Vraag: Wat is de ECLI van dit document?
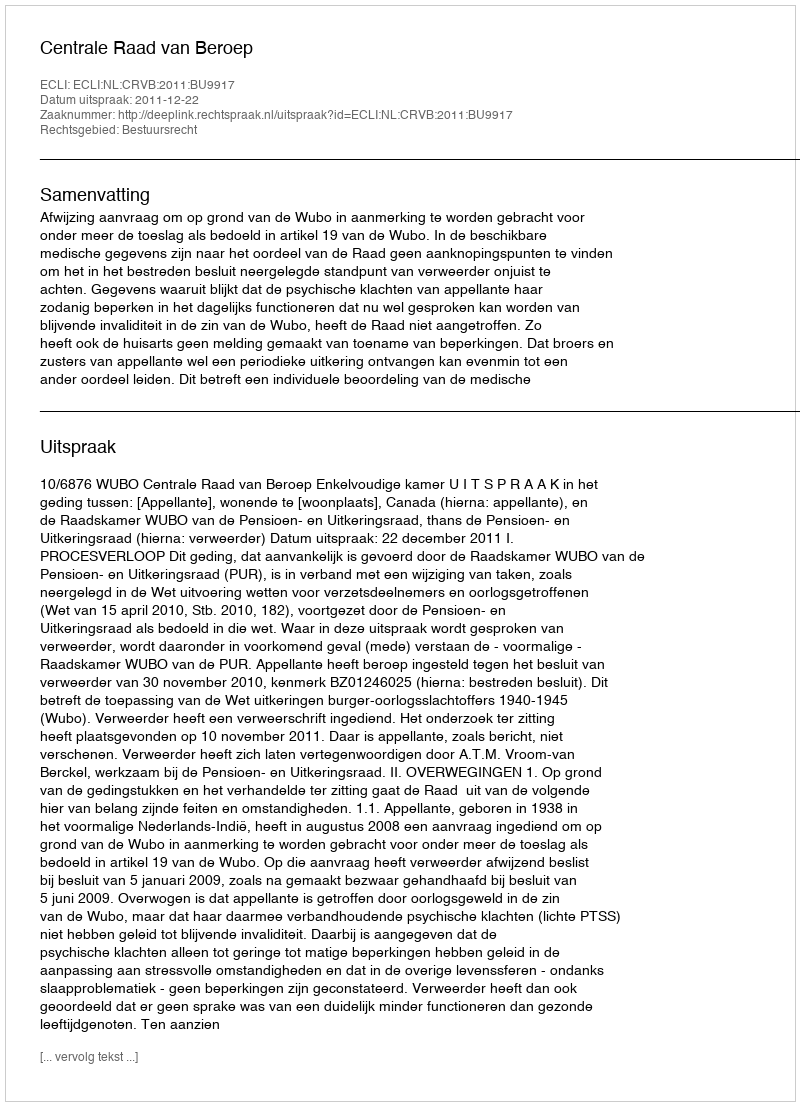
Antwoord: ECLI:NL:CRVB:2011:BU9917